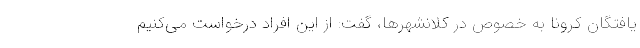
یافتگان کرونا به خصوص در کلانشهرها، گفت: از این افراد درخواست می‌کنیم